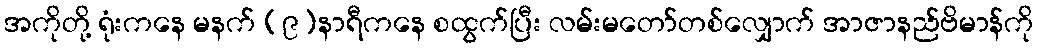
အကိုတို့ ရုံးကနေ မနက် (၉)နာရီကနေ စထွက်ပြီး လမ်းမတော်တစ်လျှောက် အာဇာနည်ဗိမာန်ကို